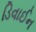
ડિવાઈન